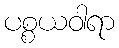
ပစ္စယဝါရာ